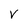
Character: V